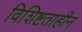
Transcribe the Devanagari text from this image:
विशिष्टताहीन